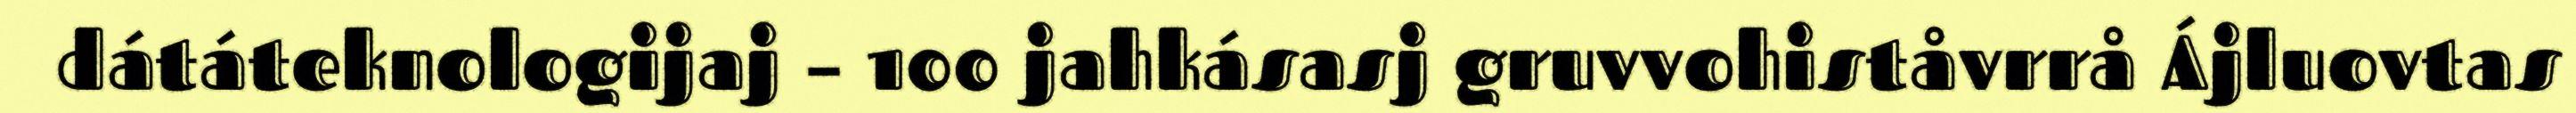
dátáteknologijaj – 100 jahkásasj gruvvohiståvrrå Ájluovtas